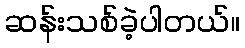
ဆန်းသစ်ခဲ့ပါတယ်။